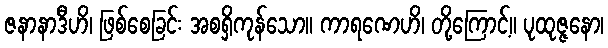
ဇနာနာဒီဟိ၊ ဖြစ်စေခြင်း အစရှိကုန်သော။ ကာရဏေဟိ၊ တို့ကြောင့်။ ပုထုဇ္ဇနော၊